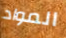
المواد